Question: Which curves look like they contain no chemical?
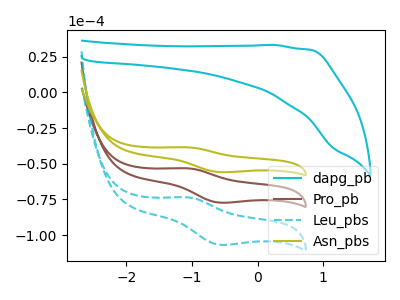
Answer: <think>The cyan curve "dapg_pb" has no peaks. The brown curve "Pro_pb" has an anodic peak at (-1.10V, -53.20uA) and a cathodic peak at (-0.60V, -77.20uA). The cyan dashed curve "Leu_pbs" has an anodic peak at (-1.10V, -106.35uA) and a cathodic peak at (-0.60V, -154.40uA). The olive curve "Asn_pbs" has an anodic peak at (-1.10V, -38.50uA) and a cathodic peak at (-0.60V, -55.85uA).</think>
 <answer>"dapg_pb" is likely to be a blank.</answer>
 <eval>dapg_pb</eval>